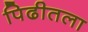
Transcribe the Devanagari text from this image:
पिढीतला